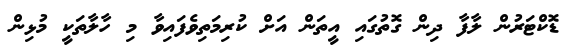
ޑޮކްޓަރުން ލާފާ ދިން ގޮތުގައި އީތަން އަށް ކުރިމަތިވެފައިވާ މި ހާލާތަކީ މުޅިން